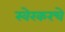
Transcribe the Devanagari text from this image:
स्वेरकरचे